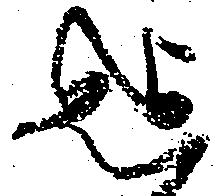
迄